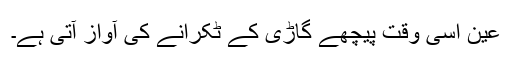
عین اسی وقت پیچھے گاڑی کے ٹکرانے کی آواز آتی ہے۔